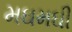
મઘમઘી